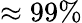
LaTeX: \approx 99\%